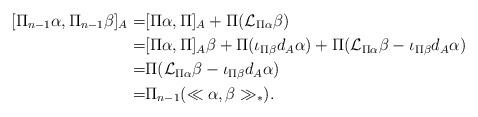
LaTeX: \begin{align*} [\Pi_{n-1}\alpha, \Pi_{n-1}\beta]_{A} =& [\Pi\alpha, \Pi]_{A}+ \Pi(\mathcal{L}_{\Pi\alpha}\beta)\\ =& [\Pi\alpha,\Pi]_{A}\beta+ \Pi(\iota_{\Pi\beta}d_{A}\alpha)+ \Pi(\mathcal{L}_{\Pi\alpha}\beta-\iota_{\Pi\beta}d_{A}\alpha)\\ =& \Pi(\mathcal{L}_{\Pi\alpha}\beta- \iota_{\Pi\beta}d_{A}\alpha)\\ =& \Pi_{n-1}(\ll \alpha,\beta\gg_\ast).\end{align*}